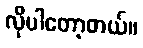
လိုပါတော့တယ်။